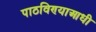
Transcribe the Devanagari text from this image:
पाठविण्याआधी